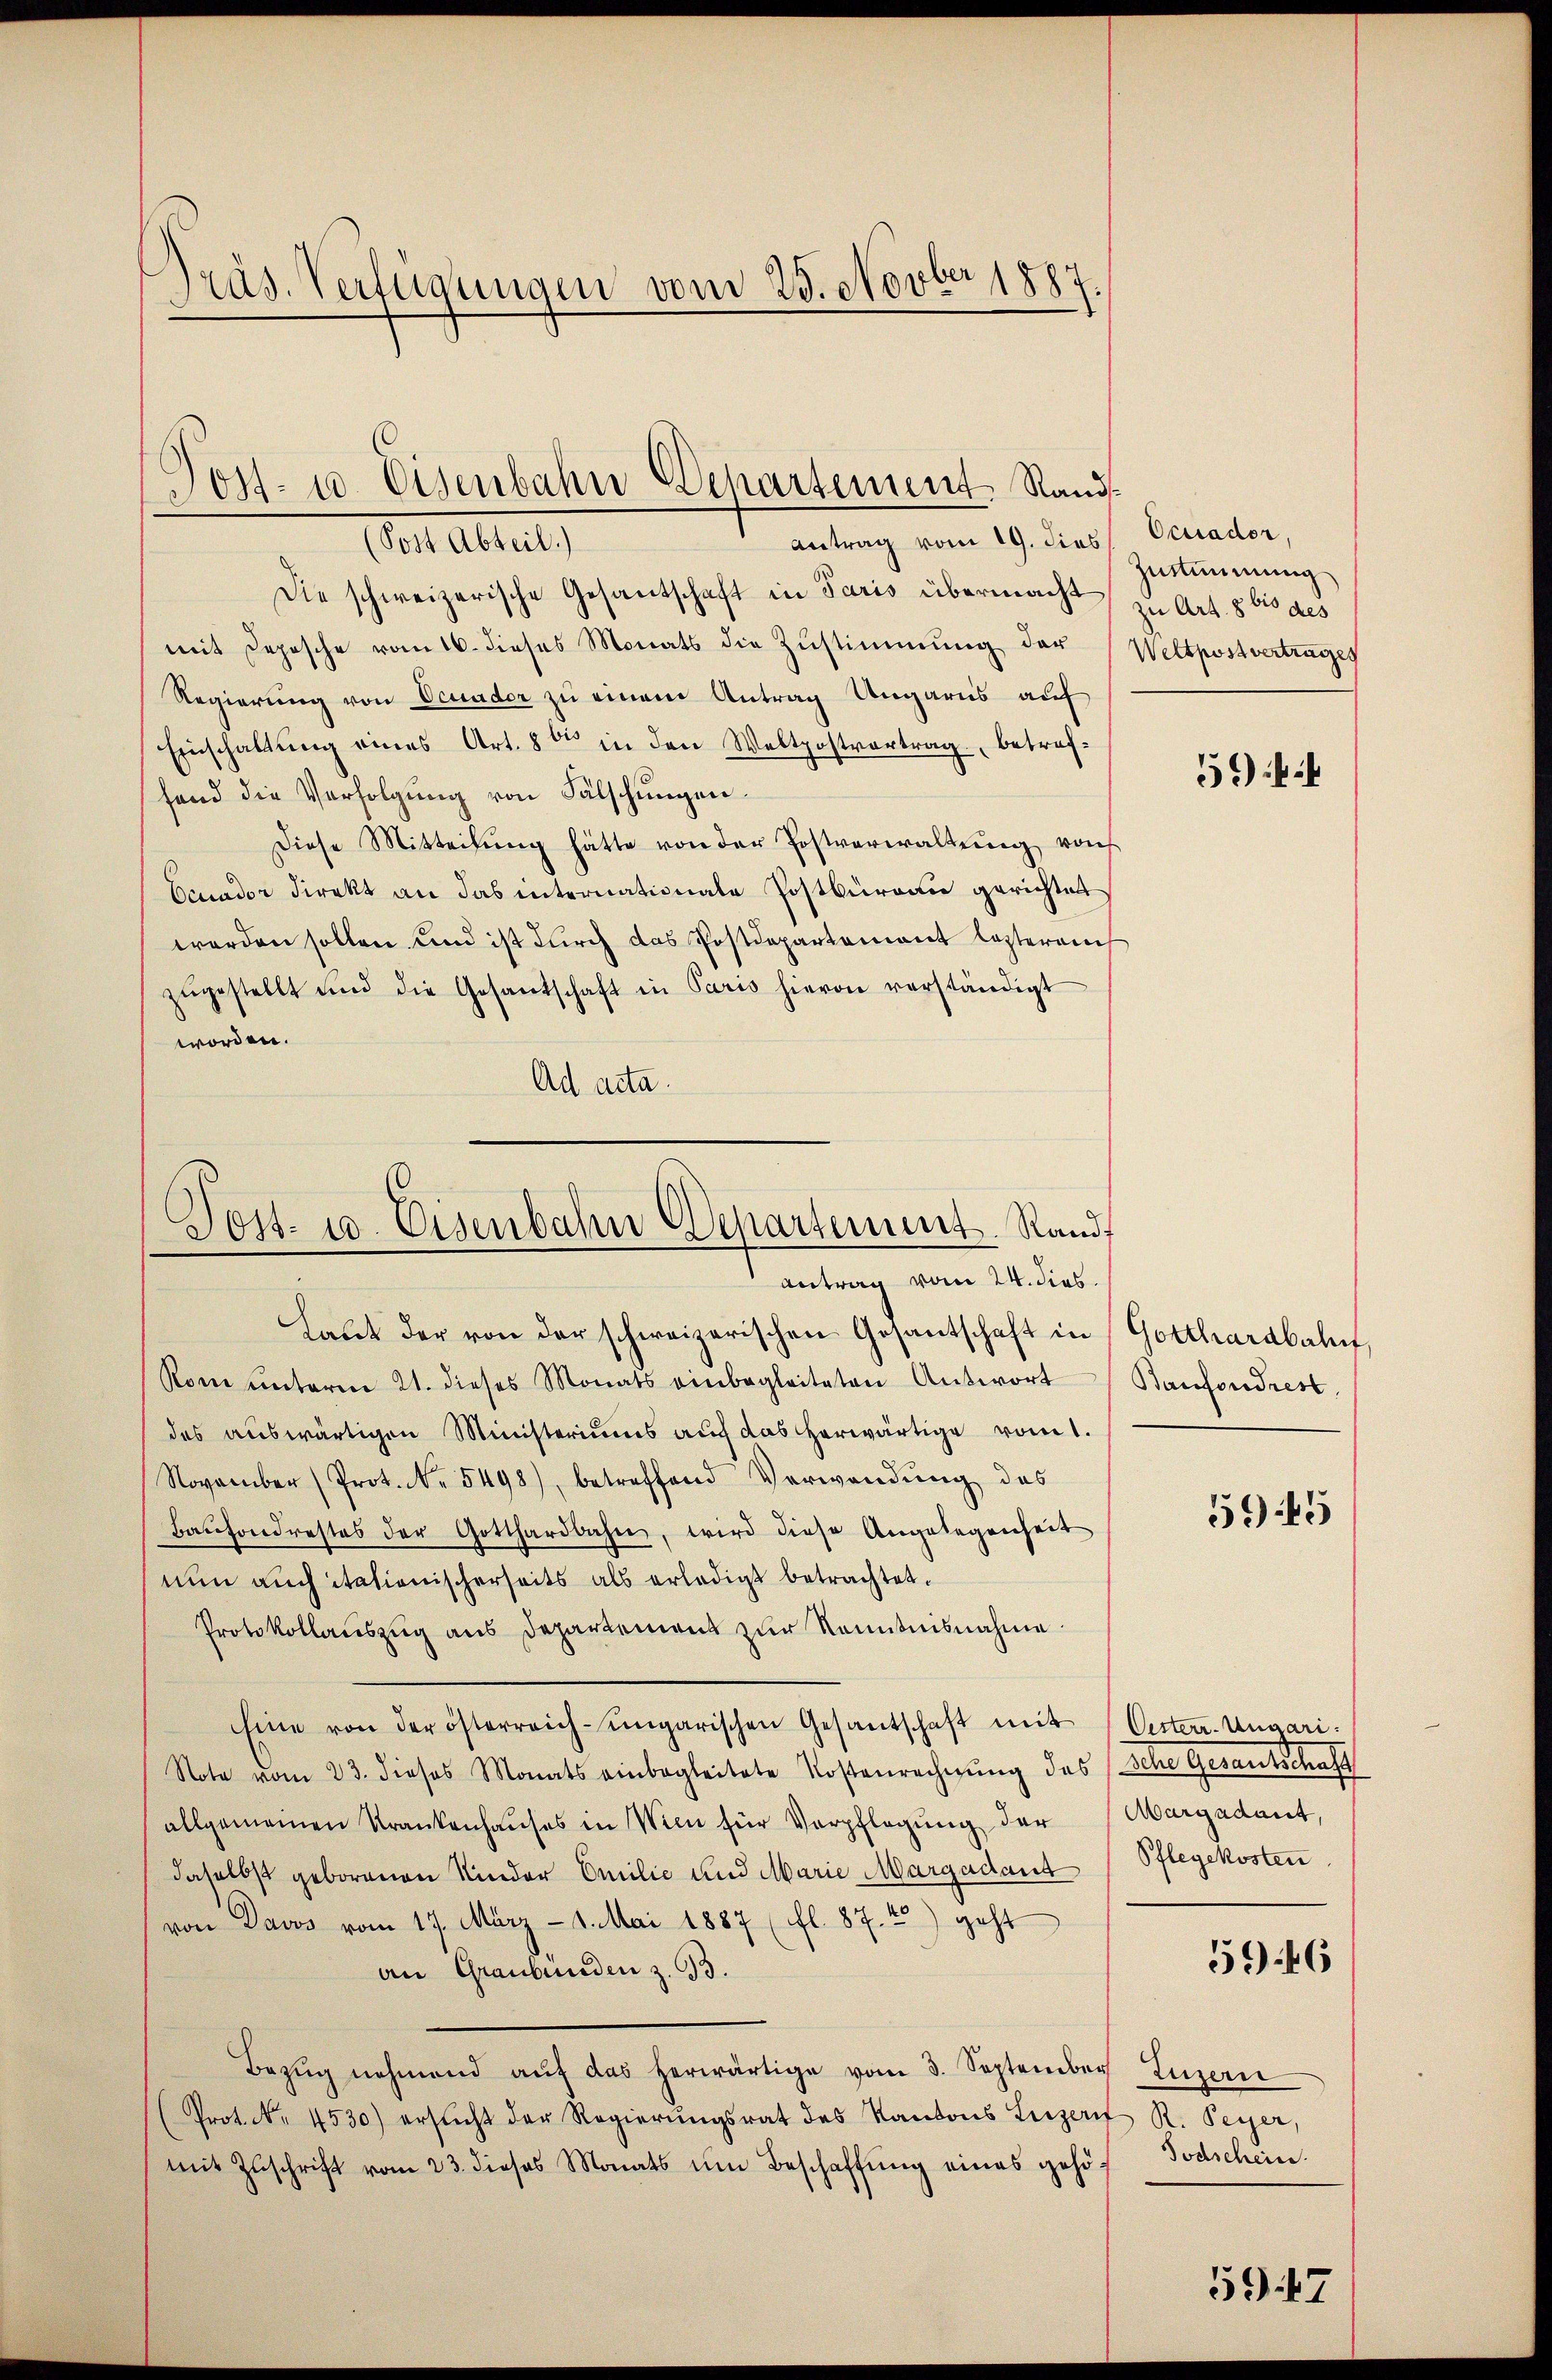
Präs. Verfügungen vom 25. Novber 1887.

Die schweizerische Gesantschaft in Paris übermacht Art. 56 des
mit Depesche vom 16. dieses Monats die Zŭstimmung der Weltpostvertrages
Regierung von Ocuader zu einem Antrag Ungaris auf
Einschaltŭng eines Art. 80 in den Weltpostvertrag, betrachfend die Verfolgung von Fälschungen.
Diese Mitteilung hätte von der Postverwaltung von
Ocnador Direkt an das internationale Postbüreau gerichtet
werden sollen und ist durch das Postdepartement lezteren
zŭgestellt und die Gesandschaft in Paris hievon verständigt
worden.
Ad acta.

Post- u. Eisenbahn Departement. Rands¬
Antrag vom 19. dies
Menebreit,

Post. 10. Eisenbahn Departement. Randt
antrag vom 24. dies
Laut der von der schweizerischen Gesantschaft in Gotthardbahn,

Rom ŭnterm 21. dieses Monats einbegleiteten Antwort Baufondrest
des auswärtigen Ministeriums auf das herwärtige vom 1.
November (Prot. NNo. 5498), betreffend Verwendŭng des
Bauhondrestes der Gotthardbahn, wird diese Angelegenheit
nun auch itationischerseits als erledigt betrachtet.
Protokollauszug aus Departement zur Kenntnisnahme
Eine von der österreich-ungarischen Gesantschaft mit Oester. Ungari¬
Note vom 23. dieses Monats einbegleitete Kostenrechnung des (Sche Gesantschaft
allgemeinen Krankenhaŭses in Wien für Verpflegŭng der Aargadant,
daselbst geborenen Kinder Emilie und Marie Margadant Pflegekosten
von Davos vom 19. März - 1. Mai 1887 (fl. 87. 45) geht
an Graubünden z. B.
Bezŭg nehmend aŭf das herwärtige vom 3. September Luzern
(Prot. Nr. 4530) ersticht der Regierŭngsrat des Kantons Luzern R. Peyer,
mit Zŭschrift vom 23. dieses Monats ŭm Beschaffŭng eines gehör Todschein

Ocuader,
Zustimmung

5)

5945

5946

59. 47